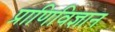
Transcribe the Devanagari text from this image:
प्राणिविज्ञान